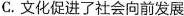
C.文化促进了社会向前发展